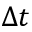
\Delta t